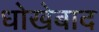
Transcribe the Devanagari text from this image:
धोखेबाद